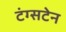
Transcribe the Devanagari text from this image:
टंग्सटेन